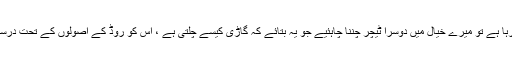
یہ فرق شائد چھوٹا سا معلوم ہو لیکن اگر ایک ٹیچر آپ کو گاڑی کے 6 ہزار پرزوں کے نام یاد کرا رہا ہے تو میرے خیال میں دوسرا ٹیچر چننا چاہئیے جو یہ بتائے کہ گاڑی کیسے چلتی ہے ، اس کو روڈ کے اصولوں کے تحت درست طریقے سے کیسے چلایا جائےاور اگر اس میں خرابی ہو تو اس کو کیسے تلاش اور ٹھیک کریں۔